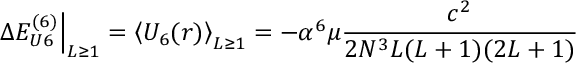
\left. \Delta E _ { U 6 } ^ { ( 6 ) } \right| _ { L \ge 1 } = \left\langle U _ { 6 } ( r ) \right\rangle _ { L \ge 1 } = - \alpha ^ { 6 } \mu \frac { c ^ { 2 } } { 2 N ^ { 3 } L ( L + 1 ) ( 2 L + 1 ) }